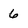
Character: 6